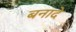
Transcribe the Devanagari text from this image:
बनादे